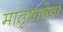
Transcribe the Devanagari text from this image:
मातृषाषेचा